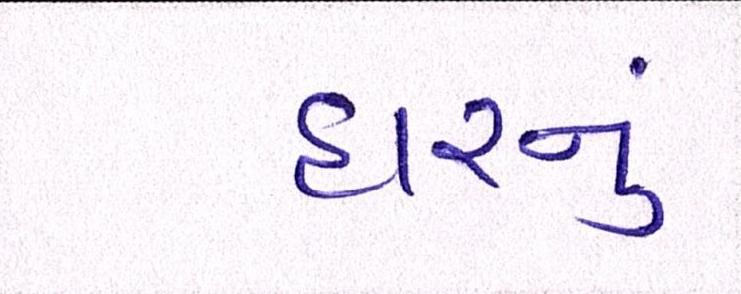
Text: હારનું